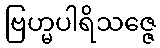
ဗြဟ္မပါရိသဇ္ဇေ